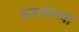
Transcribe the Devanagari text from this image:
वाघ्याच्या